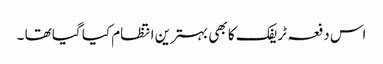
اس دفعہ ٹریفک کا بھی بہترین انتظام کیا گیا تھا ۔